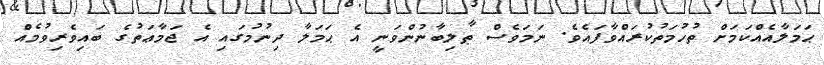
ޙަމަލާއެއްކަމަށް ތުހުމަތުކުރައްވާފައެވެ. ނަމަވެސް ޠާލިބާނުންވަނީ އެ ޙަމަލާ ދިނުމުގައި އެ ޖަމާޢަތުގެ ބައިވެރިވުމެއް